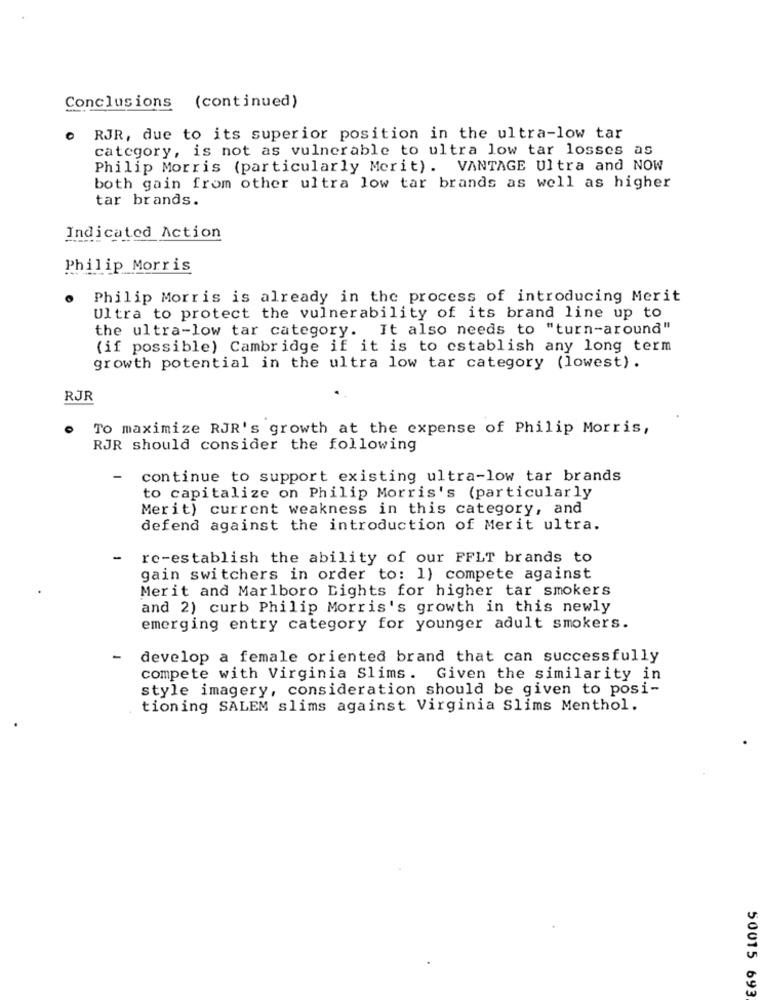
Conclusions (continued)
0
RJR, due to its superior position in the ultra-low tar
category, is not as vulnerable to ultra low tar losses as
Philip Morris (particularly Merit). VANTAGE Ultra and NOW
both gain from other ultra low tar brands as well as higher
tar brands.
Indicated Action
Philip Morris
Philip Morris is already in the process of introducing Merit
Ultra to protect the vulnerability of its brand line up to
the ultra-low tar category. It also needs to "turn-around"
(if possible) Cambridge if it is to establish any long term
growth potential in the ultra low tar category (lowest).
RJR
To maximize RJR's growth at the expense of Philip Morris,
RJR should consider the following
-
continue to support existing ultra-low tar brands
to capitalize on Philip Morris's (particularly
Merit) current weakness in this category, and
defend against the introduction of Merit ultra.
-
re-establish the ability of our FFLT brands to
gain switchers in order to: 1) compete against
Merit and Marlboro Lights for higher tar smokers
and 2) curb Philip Morris's growth in this newly
emerging entry category for younger adult smokers.
develop a female oriented brand that can successfully
compete with Virginia Slims. Given the similarity in
style imagery, consideration should be given to posi-
tioning SALEM slims against Virginia Slims Menthol.
.
50015 693